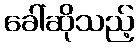
ခေါ်ဆိုသည့်